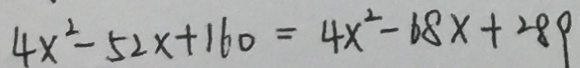
4 x ^ { 2 } - 5 2 x + 1 6 0 = 4 x ^ { 2 } - 6 8 x + 2 8 9